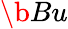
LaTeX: \b{Bu}